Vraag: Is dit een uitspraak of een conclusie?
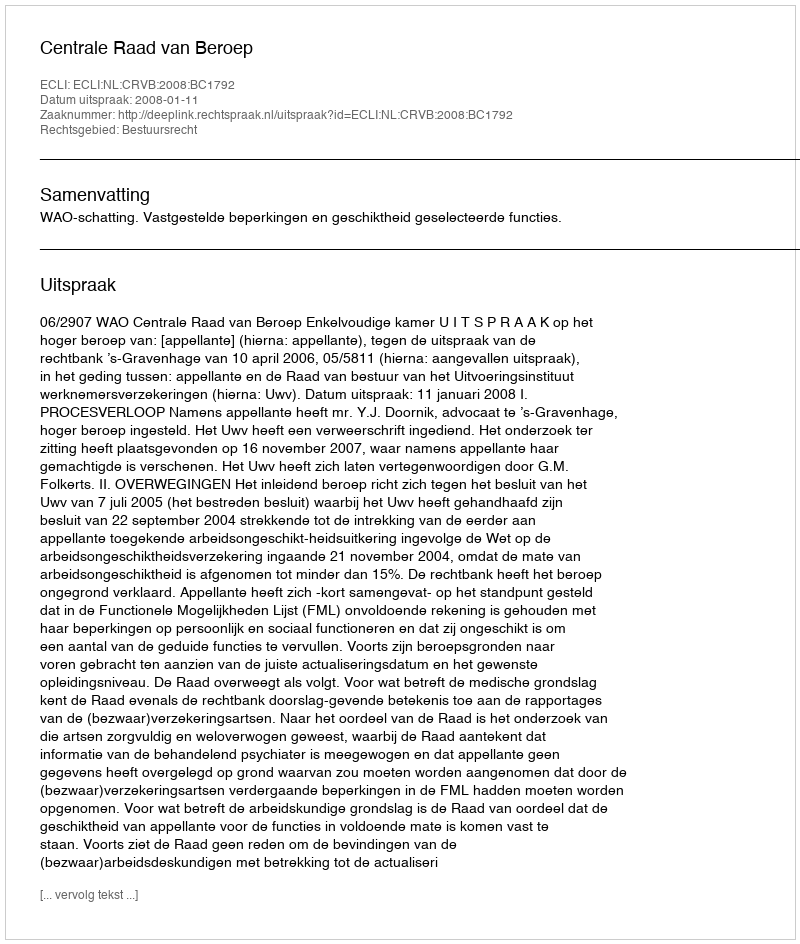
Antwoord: Uitspraak